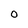
Character: 0